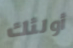
أولئك